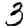
Digit: 3